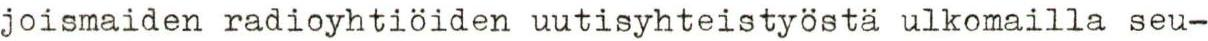
joismaiden radioyhtiöiden uutisyhteistyöstä ulkomailla seu-